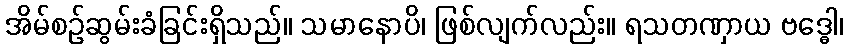
အိမ်စဉ်ဆွမ်းခံခြင်းရှိသည်။ သမာနောပိ၊ ဖြစ်လျက်လည်း။ ရသတဏှာယ ဗဒ္ဓေါ၊